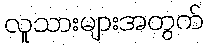
လူသားများအတွက်